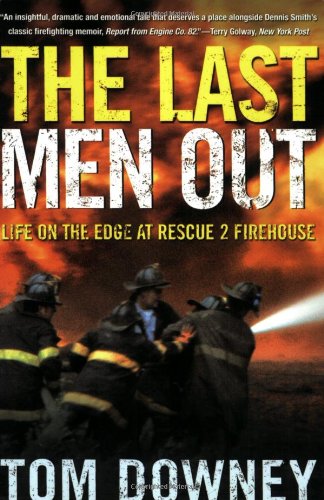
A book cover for The Last Men Out: Life on the Edge at Rescue 2 Firehouse; Tom Downey; Biographies & Memoirs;